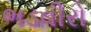
ભડવીરો